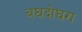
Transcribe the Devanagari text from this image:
बघदोघरा